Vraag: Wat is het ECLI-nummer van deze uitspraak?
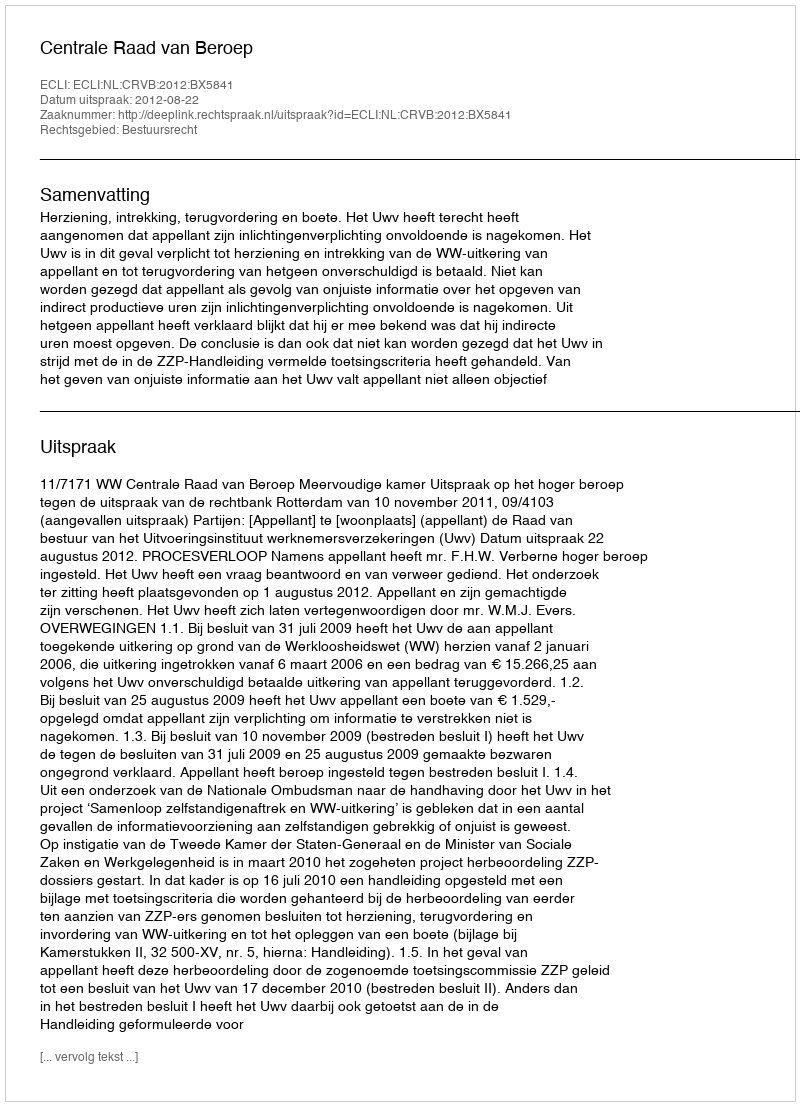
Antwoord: ECLI:NL:CRVB:2012:BX5841